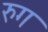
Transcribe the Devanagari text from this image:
रुग